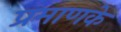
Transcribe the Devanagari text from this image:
प्रमाणके